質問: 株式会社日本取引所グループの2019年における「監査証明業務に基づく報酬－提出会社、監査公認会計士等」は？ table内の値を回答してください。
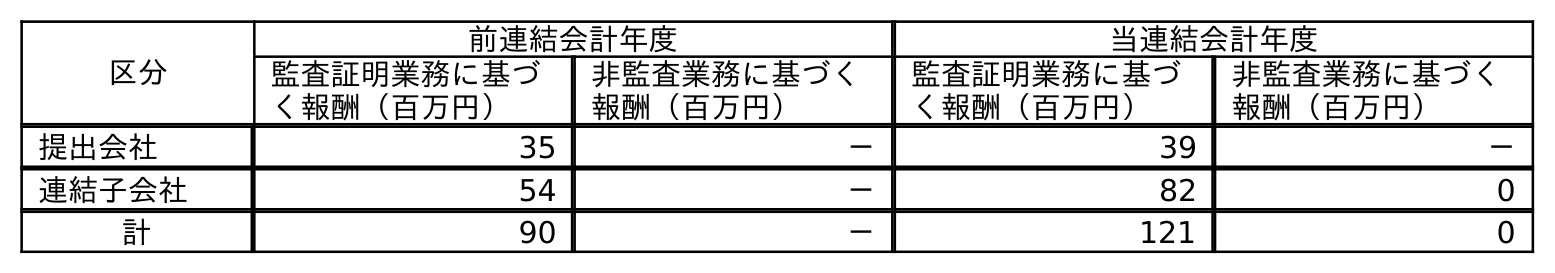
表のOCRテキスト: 区分 前連結会計年度 当連結会計年度 監査証明業務に基づ く報酬（百万円） 非監査業務に基づく 報酬（百万円） 監査証明業務に基づ く報酬（百万円） 非監査業務に基づく 報酬（百万円） 提出会社 35 － 39 － 連結子会社 54 － 82 0 計 90 － 121 0
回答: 35